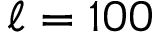
\ell = 1 0 0